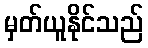
မှတ်ယူနိုင်သည်